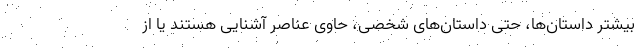
بیشتر داستان‌ها، حتی داستان‌های شخصی، حاوی عناصر آشنایی هستند یا از